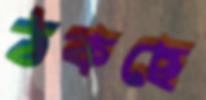
ঠকছে